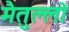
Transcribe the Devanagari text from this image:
मैतुल्लो